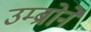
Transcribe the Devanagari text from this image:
उम्ब्रोने